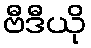
ဗီဒီယို